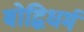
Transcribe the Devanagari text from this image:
बोद्धिधर्म